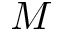
M